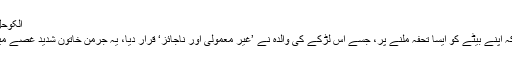
الکوحل والی چاکلیٹ عام طور پر بالغ افراد کو تحفے میں دی جاتی ہے
پولیس نے آج اس واقعے کی تفصیلات جاری کرتے ہوئے بتایا کہ اپنے بیٹے کو ایسا تحفہ ملنے پر، جسے اس لڑکے کی والدہ نے ’غیر معمولی اور ناجائز‘ قرار دیا، یہ جرمن خاتون شدید غصے میں آ گئی اور اس نے اس کی اطلاع مقامی پولیس کو بھی کر دی۔